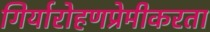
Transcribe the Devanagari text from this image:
गिर्यारोहणप्रेमीकरता